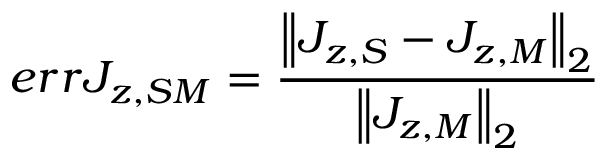
e r r J _ { z , S M } = \frac { \left\| J _ { z , S } - J _ { z , M } \right\| _ { 2 } } { \left\| J _ { z , M } \right\| _ { 2 } }